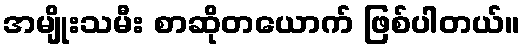
အမျိုးသမီး စာဆိုတယောက် ဖြစ်ပါတယ်။